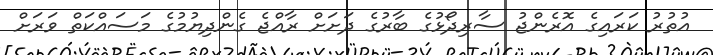
އުތުރު ކަރައިގެ އޮރެންޖު ސާރިދޯޅުގެ ބާރުގެ ދަށަށް ރާއްޖެ ގެންދިޔުމުގެ މަސައްކަތް ވަރަށް